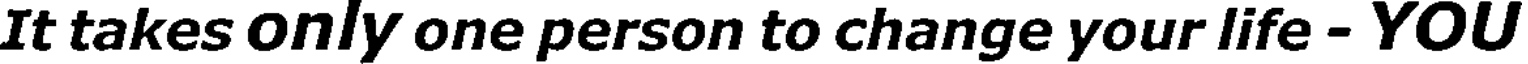
It takes only one person to change your life - YOU